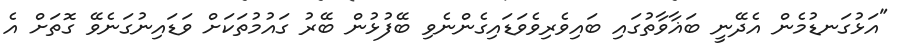
"އަޅުގަނޑުމެން އެދޭނީ ބަޣާވާތުގައި ބައިވެރިވެވަޑައިގެންނެވި ބޭފުޅުން ބޭރު ގައުމުތަކަށް ވަޑައިނުގަނެވޭ ގޮތަށް އެ